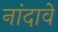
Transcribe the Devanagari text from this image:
नांदावे